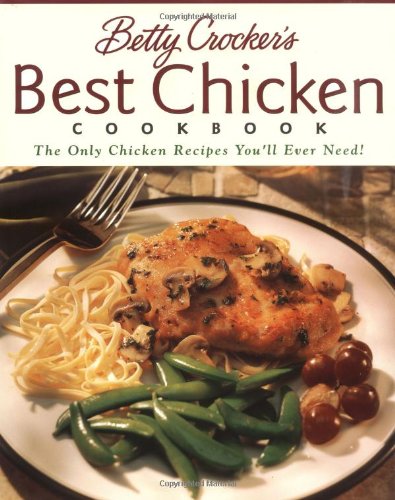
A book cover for Betty Crocker's Best Chicken Cookbook (Betty Crocker Cooking); Betty Crocker; Cookbooks, Food & Wine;